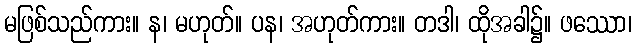
မဖြစ်သည်ကား။ န၊ မဟုတ်။ ပန၊ အဟုတ်ကား။ တဒါ၊ ထိုအခါ၌။ ဖဿော၊